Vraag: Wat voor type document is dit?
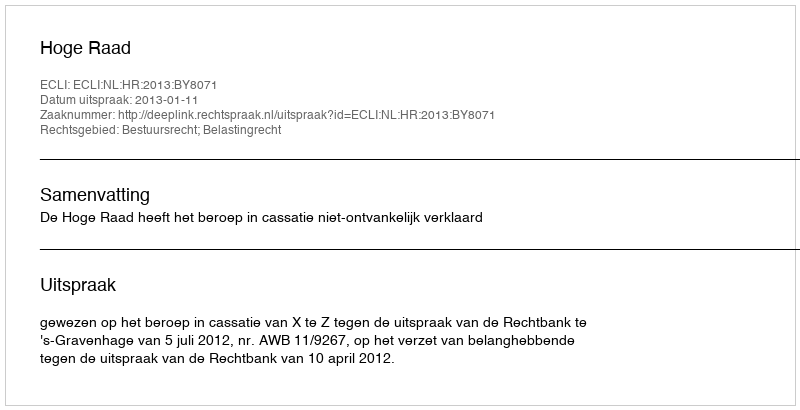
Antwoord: Uitspraak